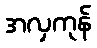
အလှကုန်